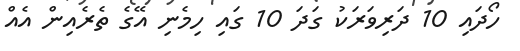
ހޯދައި 10 ދަރިވަރަކު ގަދަ 10 ގައި ހިމެނި އޭގެ ތެރެއިން އެއް